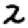
Digit: 2